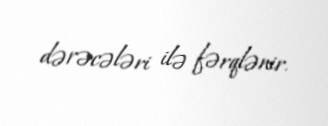
dərəcələri ilə fərqlənir.